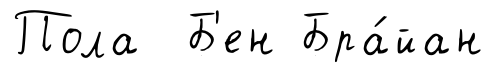
Пола Б'ен Бра́йан